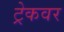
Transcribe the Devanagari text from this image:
ट्रेकवर